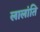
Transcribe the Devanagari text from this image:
लालांति